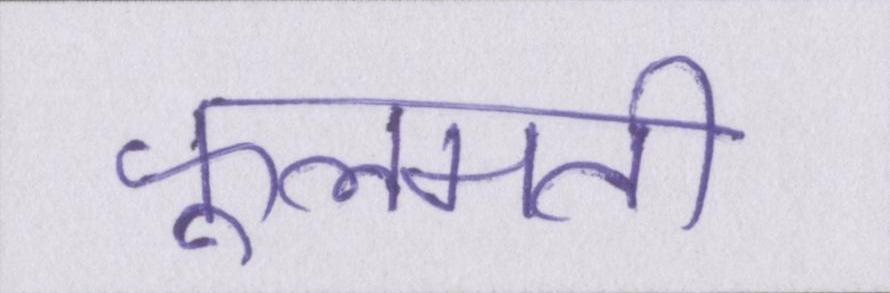
फूलमती